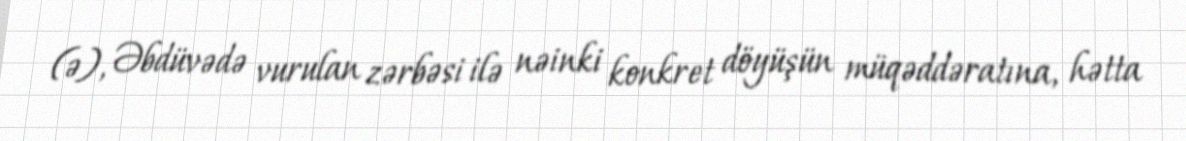
(ə), Əbdüvədə vurulan zərbəsi ilə nəinki konkret döyüşün müqəddəratına, hətta